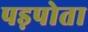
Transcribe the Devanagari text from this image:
पड़पोता